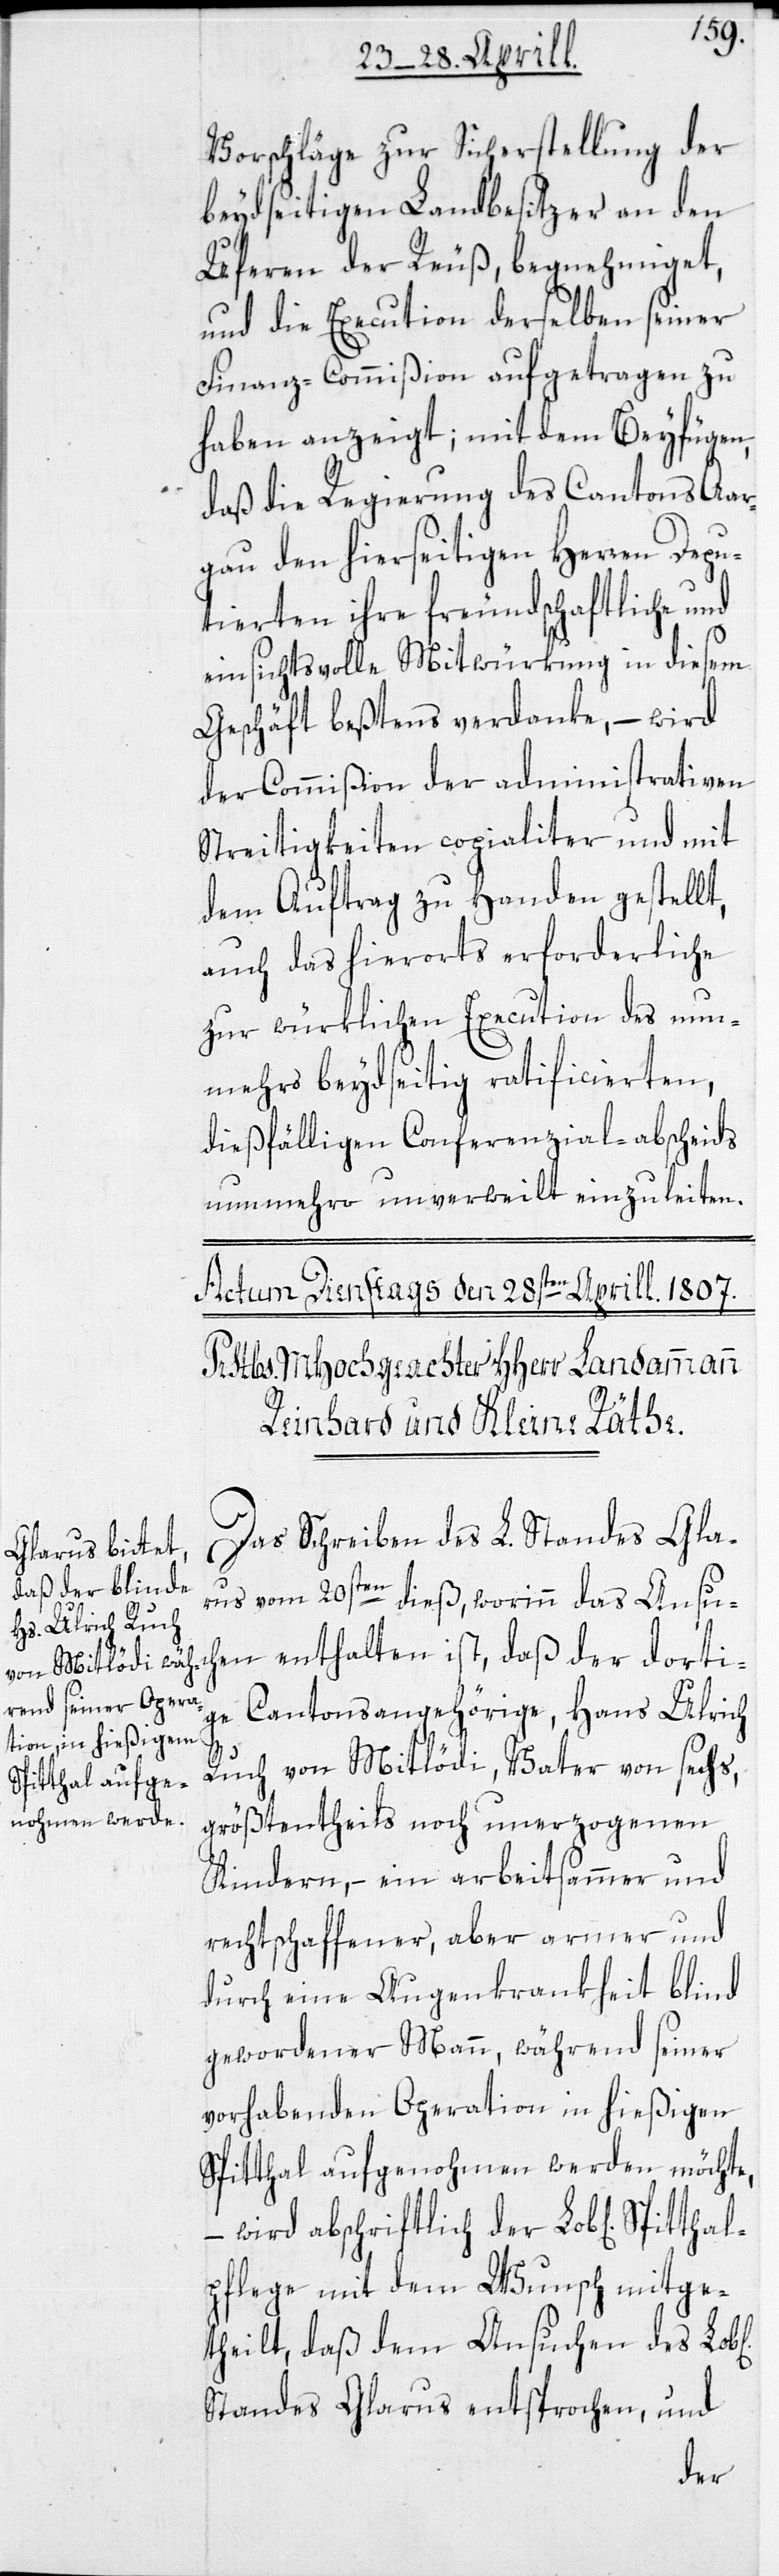
Spitthal¬

Vorschläge zur Sicherstellung der
beydseitigen Landbesitzer an den
Uferen der Reuß, begnehmiget,
und die Execution derselben seiner
Finanz-Commißion aufgetragen zu
haben anzeigt; mit dem Beyfügen,
daß die Regierung des Cantons Aar¬
gau den hierseitigen Herren Depu¬
tierten ihre freundschaftliche und
einsichtsvolle Mitwürkung in diesem
Geschäft beßtens verdanke, – wird
der Commißion der administrativen
Streitigkeiten copialiter und mit
dem Auftrag zu Handen gestellt,
auch das hierorts erforderliche
zur würklichen Execution des nun¬
mehro beydseitig ratificierten,
dießfälligen Conferenzial-abscheids
nunmehro unverweilt einzuleiten.
Das Schreiben des L. Standes Gla¬
rus vom 20sten dieß, worinn das Ansu¬
chen enthalten ist, daß der dorti¬
ge Cantonsangehörige, Hans Ulrich
Ruch von Mitlödi, Vater von sechs,
größtentheils noch unerzogenen
Kindern, – ein arbeitsammer und
rechtschaffener, aber armer und
durch eine Augenkrankheit blind
gewordener Mann, während seiner
vorhabenden Operation in hießigen
Spitthal aufgenohmen werden möchte,
wird abschriftlich der Lob[lichen]
pflege mit dem Wunsch mitge¬
theilt, daß dem Ansuchen des
Standes Glarus entsprochen, und